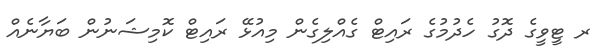
ރ ޓީވީގެ ދޮގު ހެދުމުގެ ރައިޓް ގެއްލިގެން މިއުޅޭ ރައިޓް ކޮމިޝަނުން ބަޔާނެއް